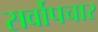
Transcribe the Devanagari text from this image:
सर्वोपचार